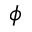
\phi